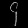
Digit: ၄